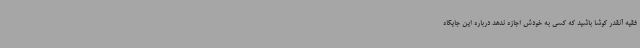
فقیه آنقدر کوشا باشید که کسی به خودش اجازه ندهد درباره این جایگاه